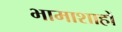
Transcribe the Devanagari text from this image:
भामाशाहों